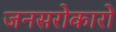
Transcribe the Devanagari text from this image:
जनसरोकारों